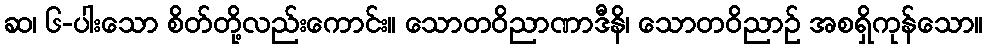
ဆ၊ ၆-ပါးသော စိတ်တို့လည်းကောင်း။ သောတဝိညာဏာဒီနိ၊ သောတဝိညာဉ် အစရှိကုန်သော။